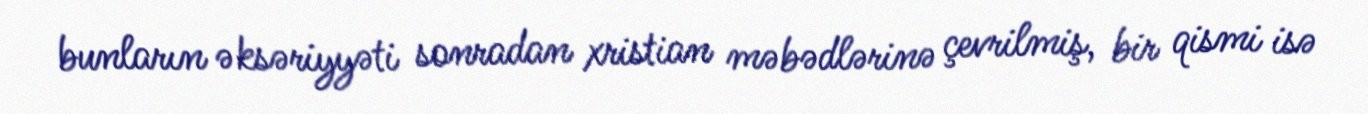
bunların əksəriyyəti sonradan xristian məbədlərinə çevrilmiş, bir qismi isə